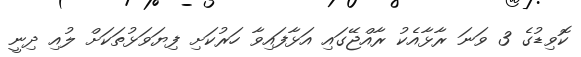
ކޮވިޑުގެ 3 ވަނަ ރާޅާއެކު ރާއްޖޭގައި އަޅާފައިވާ ހަރުކަށި ފިޔަވަޅުތަކަށް ލުއި ދިނީ